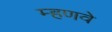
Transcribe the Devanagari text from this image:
म्हणवे